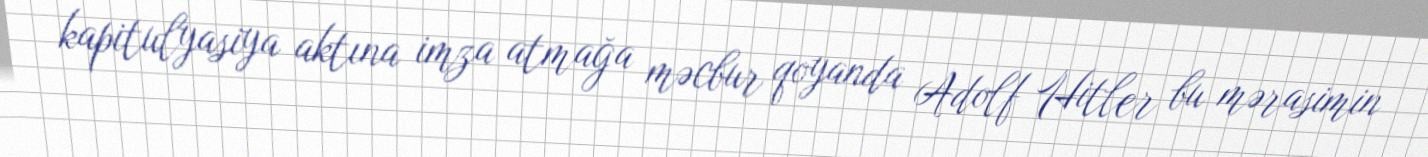
kapitulyasiya aktına imza atmağa məcbur qoyanda Adolf Hitler bu mərasimin